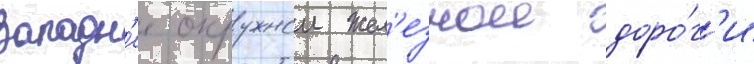
Западн'ее окружнои жел'езнои доро́г'и